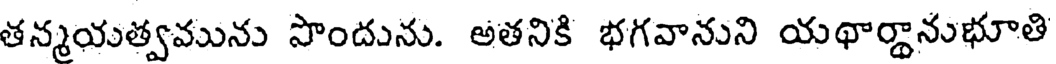
తన్మయత్వమును పొందును. అతనికి భగవానుని యథార్జానుభూతి